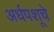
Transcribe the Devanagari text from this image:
अर्धपशूचे